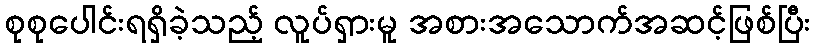
စုစုပေါင်းရရှိခဲ့သည့် လူပ်ရှားမူ အစားအသောက်အဆင့်ဖြစ်ပြီး